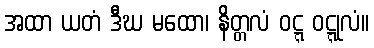
အထာ ယတံ ဒီဃ မထော၊ နိတ္တလံ ဝဋ္ဋ ဝဋ္ဋုလံ။